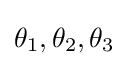
\theta _{1},\theta _{2},\theta _{3}